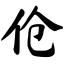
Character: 伧